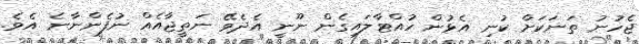
ޖެހުނު ތަނަކަށް ކުނި އެޅުން ހުއްޓާލައިގެން ނޫނީ އެދެވޭ ނަތީޖާއެއް ނުފެންނާނެ އެވެ.